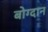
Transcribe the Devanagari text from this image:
बोग्दान